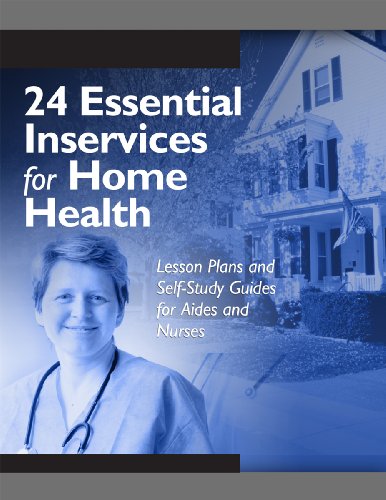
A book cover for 24 Essential Inservices for Home Health: Lesson Plans And Self-study Guides for Aides And Nurses; HCPro; Medical Books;